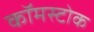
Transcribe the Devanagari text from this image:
कॉमस्टोक